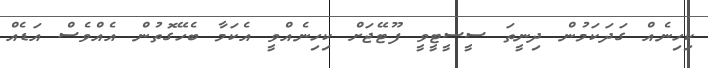
ކިހިނެއް ގަދަކަމުން ދިނީތަ ސީސީޓީވީ ފޫޓޭޖަށް ކިހިނެއްވީ އެކަމާ ބެހޭގޮތުން އެއްވެސް އަޑެއް